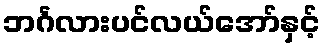
ဘင်္ဂလားပင်လယ်အော်နှင့်